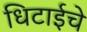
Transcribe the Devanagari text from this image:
धिटाईचे